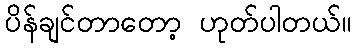
ပိန်ချင်တာတော့ ဟုတ်ပါတယ်။